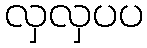
လှလှပပ